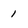
Character: 1